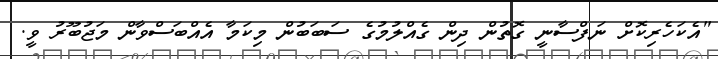
"އެކަހެރިކޮށް ނަފްސާނީ ގޮތުން ދިން ގެއްލުމުގެ ސަބަބުން މިކަމާ އެއްބަސްވާން މަޖުބޫރު ވީ.